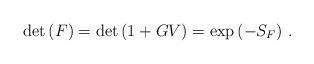
LaTeX: \begin{align*}\det{(F)}=\det{(1+GV)}=\exp{( -S_F)}~.\end{align*}